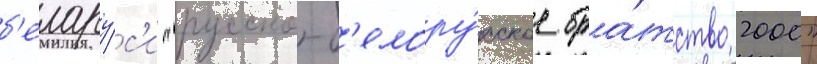
б'елару́с'и "русско-б'елору́сское бра́тство 2000"